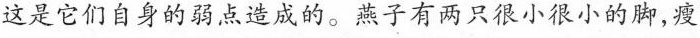
这是它们自身的弱点造成的。燕子有两只很小很小的脚，瘦